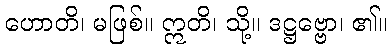
ဟောတိ၊ မဖြစ်။ ဣတိ၊ သို့။ ဒဋ္ဌဗ္ဗော၊ ၏။